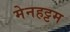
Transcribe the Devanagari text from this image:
मेनहट्टम